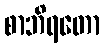
စာဘိရတော